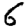
Digit: 6